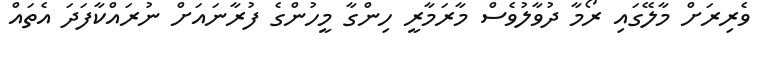
ވެރިރަށް މާލޭގައި ރޯމާ ދުވާލުވެސް މާރަމާރީ ހިންގާ މީހުންގެ ފުރާނައަށް ނުރައްކާފަދަ އެތައް